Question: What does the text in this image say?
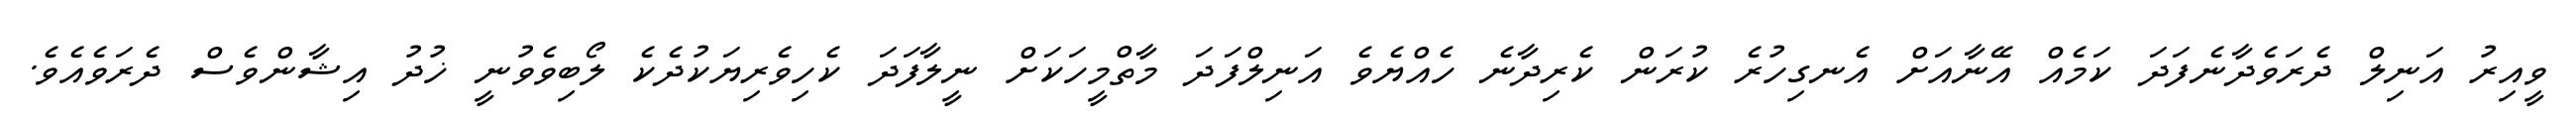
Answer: ވީއިރު އަނިލް ދެރަވެދާނެފަދަ ކަމެއް އޭނާއަށް އެނގިހުރެ ކުރަން ކެރިދާނެ ހެއްޔެވެ އަނިލްފަދަ މާތްމީހަކަށް ނީލާފަދަ ކެހިވެރިޔަކުދެކެ ލޯބިވެވުނީ ޚުދު އިޝާންވެސް ދެރަވެއެވެ.